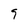
Character: 9